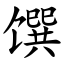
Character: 馔